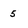
Character: 5